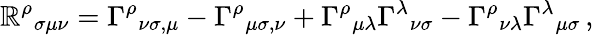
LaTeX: \mathbb{R}^{\rho}{}_{\sigma\mu\nu}=\Gamma^{\rho}{}_{\nu\sigma,\mu}-\Gamma^{\rho}{}_{\mu\sigma,\nu}+\Gamma^{\rho}{}_{\mu\lambda}\Gamma^{\lambda}{}_{\nu\sigma}-\Gamma^{\rho}{}_{\nu\lambda}\Gamma^{\lambda}{}_{\mu\sigma}\, ,